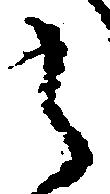
之